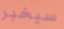
سيخبر